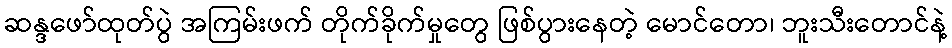
ဆန္ဒဖော်ထုတ်ပွဲ အကြမ်းဖက် တိုက်ခိုက်မှုတွေ ဖြစ်ပွားနေတဲ့ မောင်တော၊ ဘူးသီးတောင်နဲ့